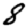
Digit: 8